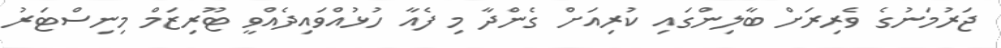
ޖަރުމަނުގެ ވެރިރަށް ބާލިންގައި ކުރިއަށް ގެންދާ މި ފެއާ ހުޅުއްވައިދެއްވީ ޓޫރިޒަމް މިނިސްޓަރު